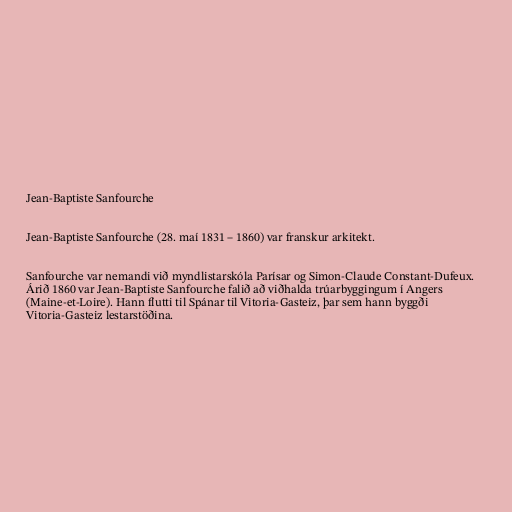
Jean-Baptiste Sanfourche

Jean-Baptiste Sanfourche (28. maí 1831 – 1860) var franskur arkitekt.

Sanfourche var nemandi við myndlistarskóla Parísar og Simon-Claude Constant-Dufeux.
Árið 1860 var Jean-Baptiste Sanfourche falið að viðhalda trúarbyggingum í Angers
(Maine-et-Loire). Hann flutti til Spánar til Vitoria-Gasteiz, þar sem hann byggði
Vitoria-Gasteiz lestarstöðina.